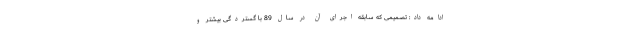
ادامه داد: تصمیمی که سابقه اجرای آن در سال 89 با گستردگی بیشتر و